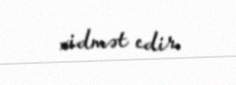
xidmət edir.